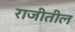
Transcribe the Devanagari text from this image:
राजीतील